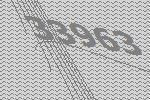
33963